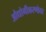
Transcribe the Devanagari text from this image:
औद्योगीकरणोत्तर